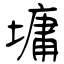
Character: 墉